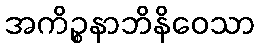
အကိဉ္စနာဘိနိဝေသာ